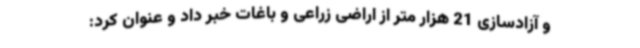
و آزادسازی 21 هزار متر از اراضی زراعی و باغات خبر داد و عنوان کرد: